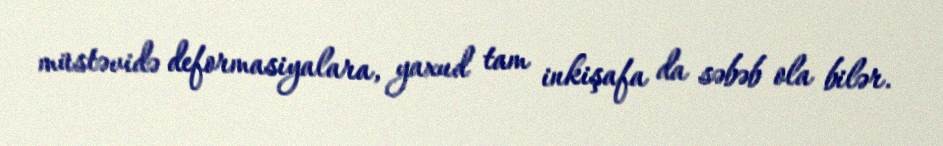
müstəvidə deformasiyalara, yaxud tam inkişafa da səbəb ola bilər.